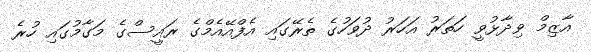
އާޒިމް ވިދާޅުވީ ހަތަރު އަހަރު ދުވަހުގެ ތެރޭގައި އެފްއޭއެމްގެ ރައީސްގެ މަގާމުގައި ހުރެ